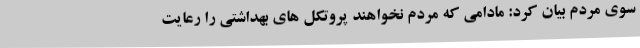
سوی مردم بیان کرد: مادامی که مردم نخواهند پروتکل های بهداشتی را رعایت